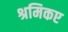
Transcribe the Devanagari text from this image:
श्रमिकए